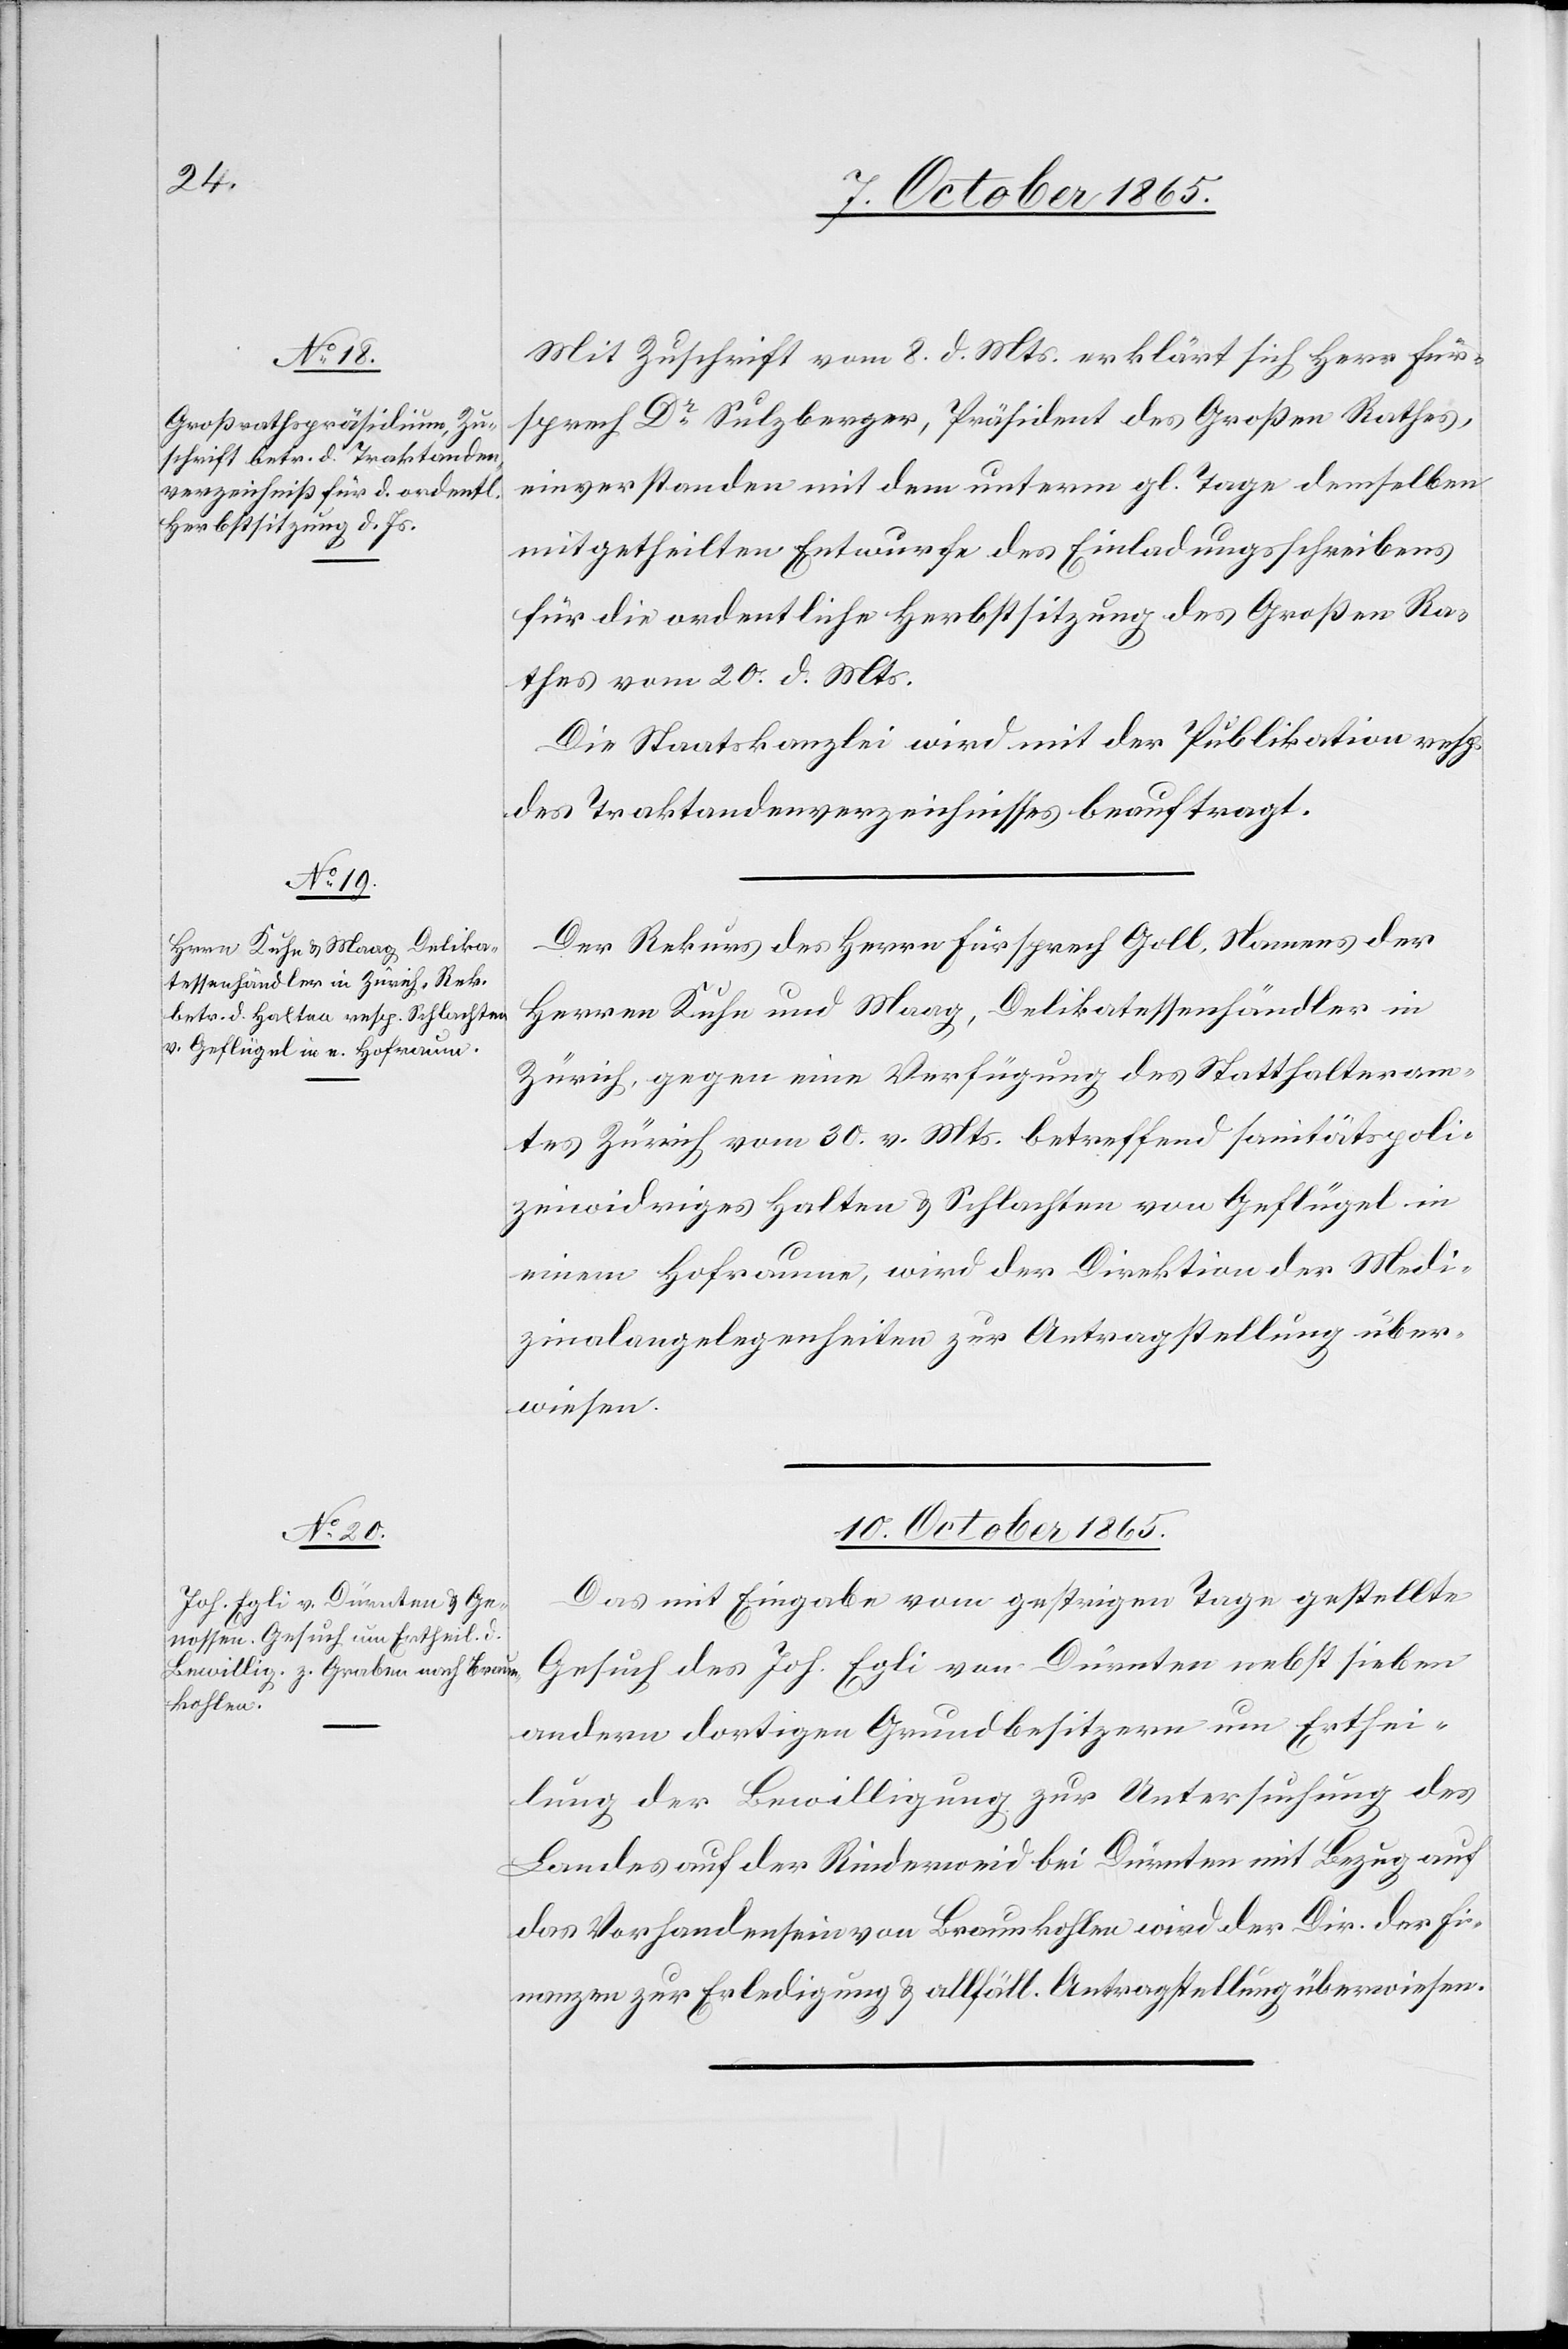
October 1865.]
Mit Zuschrift vom 8. d. Mts. erklärt sich Herr Für¬
sprech Dr Sulzberger, Präsident des Großen Rathes,
einverstanden mit dem unterm gl. Tage demselben
mitgetheilten Entwurfe des Einladungsschreibens
für die ordentliche Herbstsitzung des Großen Ra¬
thes vom 20. d. Mts.
Die Staatskanzlei wird mit der Publikation resp.
des Traktandenverzeichnisses [sic!] beauftragt.
Der Rekurs des Herrn Fürsprech Goll, Namens der
Herren Kuhn und Maag, Delikatessenhändler in
Zürich, gegen eine Verfügung des Statthalteram¬
tes Zürich vom 30. v. Mts. betreffend sanitätspoli¬
zeiwidriges Halten & Schlachten von Geflügel in
einem Hofraume, wird der Direktion der Medi¬
zinalangelegenheiten zur Antragstellung über¬
wiesen.
10. October 1865.
Das mit Eingabe vom gestrigen Tage gestellte
Gesuch des Joh. Egli von Dürnten nebst sieben
andern dortigen Grundbesitzern um Erthei¬
lung der Bewilligung zur Untersuchung des
Landes auf der Rinderweid bei Dürnten mit Bezug auf
das Vorhandensein von Braunkohlen wird der Dir. der Fi¬
nanzen zur Erledigung & allfällig. Antragstellung überwiesen.